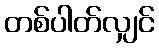
တစ်ပါတ်လျှင်